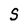
Character: S